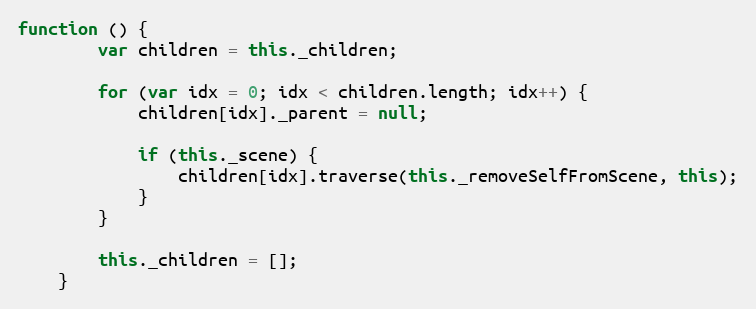
Language: JavaScript
function () {
        var children = this._children;

        for (var idx = 0; idx < children.length; idx++) {
            children[idx]._parent = null;

            if (this._scene) {
                children[idx].traverse(this._removeSelfFromScene, this);
            }
        }

        this._children = [];
    }